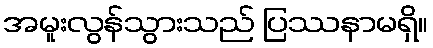
အမူးလွန်သွားသည် ပြဿနာမရှိ။